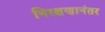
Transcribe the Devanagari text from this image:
निरक्षणानंतर